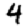
Digit: 4